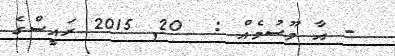
- އާ މޫސުމެއް :  20